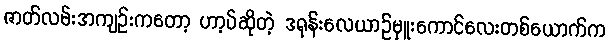
ဇာတ်လမ်းအကျဥ်းကတော့ ဟာ့ပ်ဆိုတဲ့ ဒရုန်းလေယာဥ်မှူးကောင်လေးတစ်ယောက်က